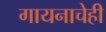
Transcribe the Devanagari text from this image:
गायनाचेही